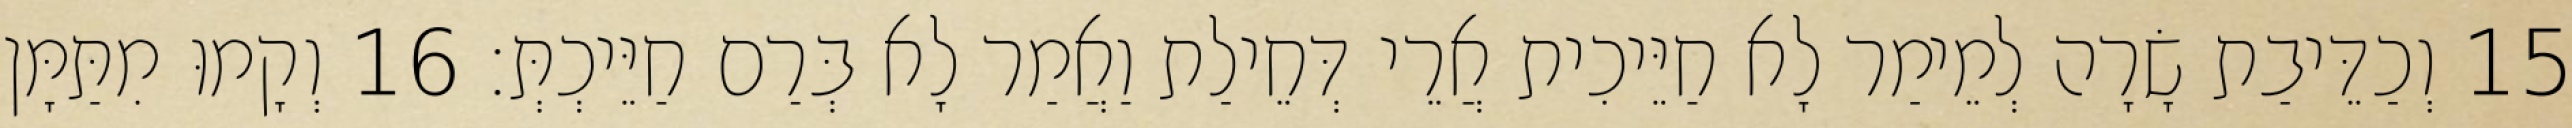
15 וְכַדֵּיבַת שָׂרָה לְמֵימַר לָא חַיֵּיכִית אֲרֵי דְּחֵילַת וַאֲמַר לָא בְּרַם חַיֵּיכְתְּ׃ 16 וְקָמוּ מִתַּמָּן